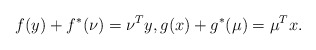
\begin{align*}f(y) + f^*(\nu) = \nu^Ty, g(x) + g^*(\mu) = \mu^Tx. \end{align*}